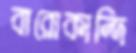
বারোকান্দি